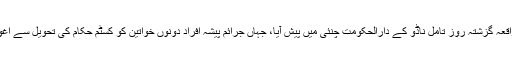
فلمی مناظر جیسا یہ واقعہ گزشتہ روز تامل ناڈو کے دارالحکومت چنئی میں پیش آیا، جہاں جرائم پیشہ افراد دونوں خواتین کو کسٹم حکام کی تحویل سے اغوا کرکے فرار ہوگئے۔